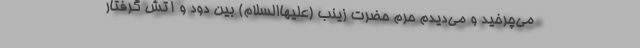
می‌چرخید و می‌دیدم حرم حضرت زینب (علیهاالسلام) بین دود و آتش گرفتار